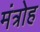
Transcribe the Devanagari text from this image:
मंत्रोह